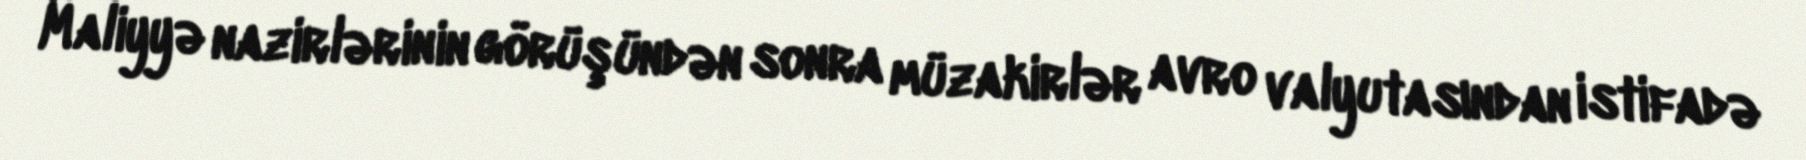
Maliyyə nazirlərinin görüşündən sonra müzakirlər avro valyutasından istifadə